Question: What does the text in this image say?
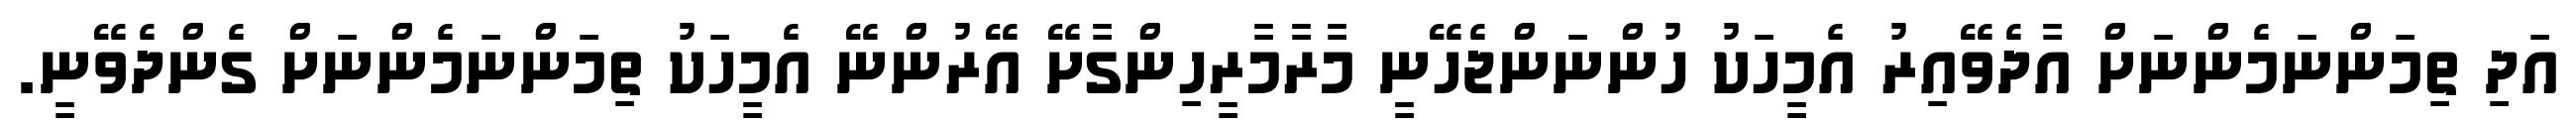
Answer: އަދި ތިމަންނަމެންނަށް އާދެވޭއިރު އެމީހަކު ހުންނަންޖެހޭނީ މާރާމާރީހިންގާށޭ އޭރުންނޭ އެމީހަކު ތިމަންނަމެންނަށް ގެންދެވޭނީ.